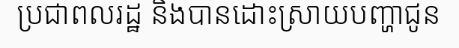
ប្រជាពលរដ្ឋ និងបានដោះស្រាយបញ្ហាជូន